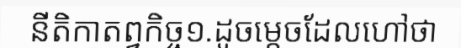
នីតិកាតព្វកិច្ច១.ដូចម្តេចដែលហៅថា